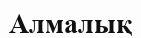
Алмалық